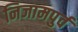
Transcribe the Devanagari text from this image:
निजामपुर्व